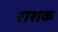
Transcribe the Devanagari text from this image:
राशक